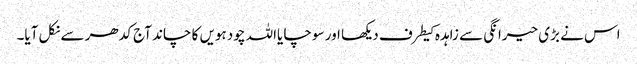
اس نے بڑی حیرانگی سے زاہدہ کیطرف دیکھا اور سوچا یااللہ چودہویں کا چاند آج کدھر سے نکل آیا۔